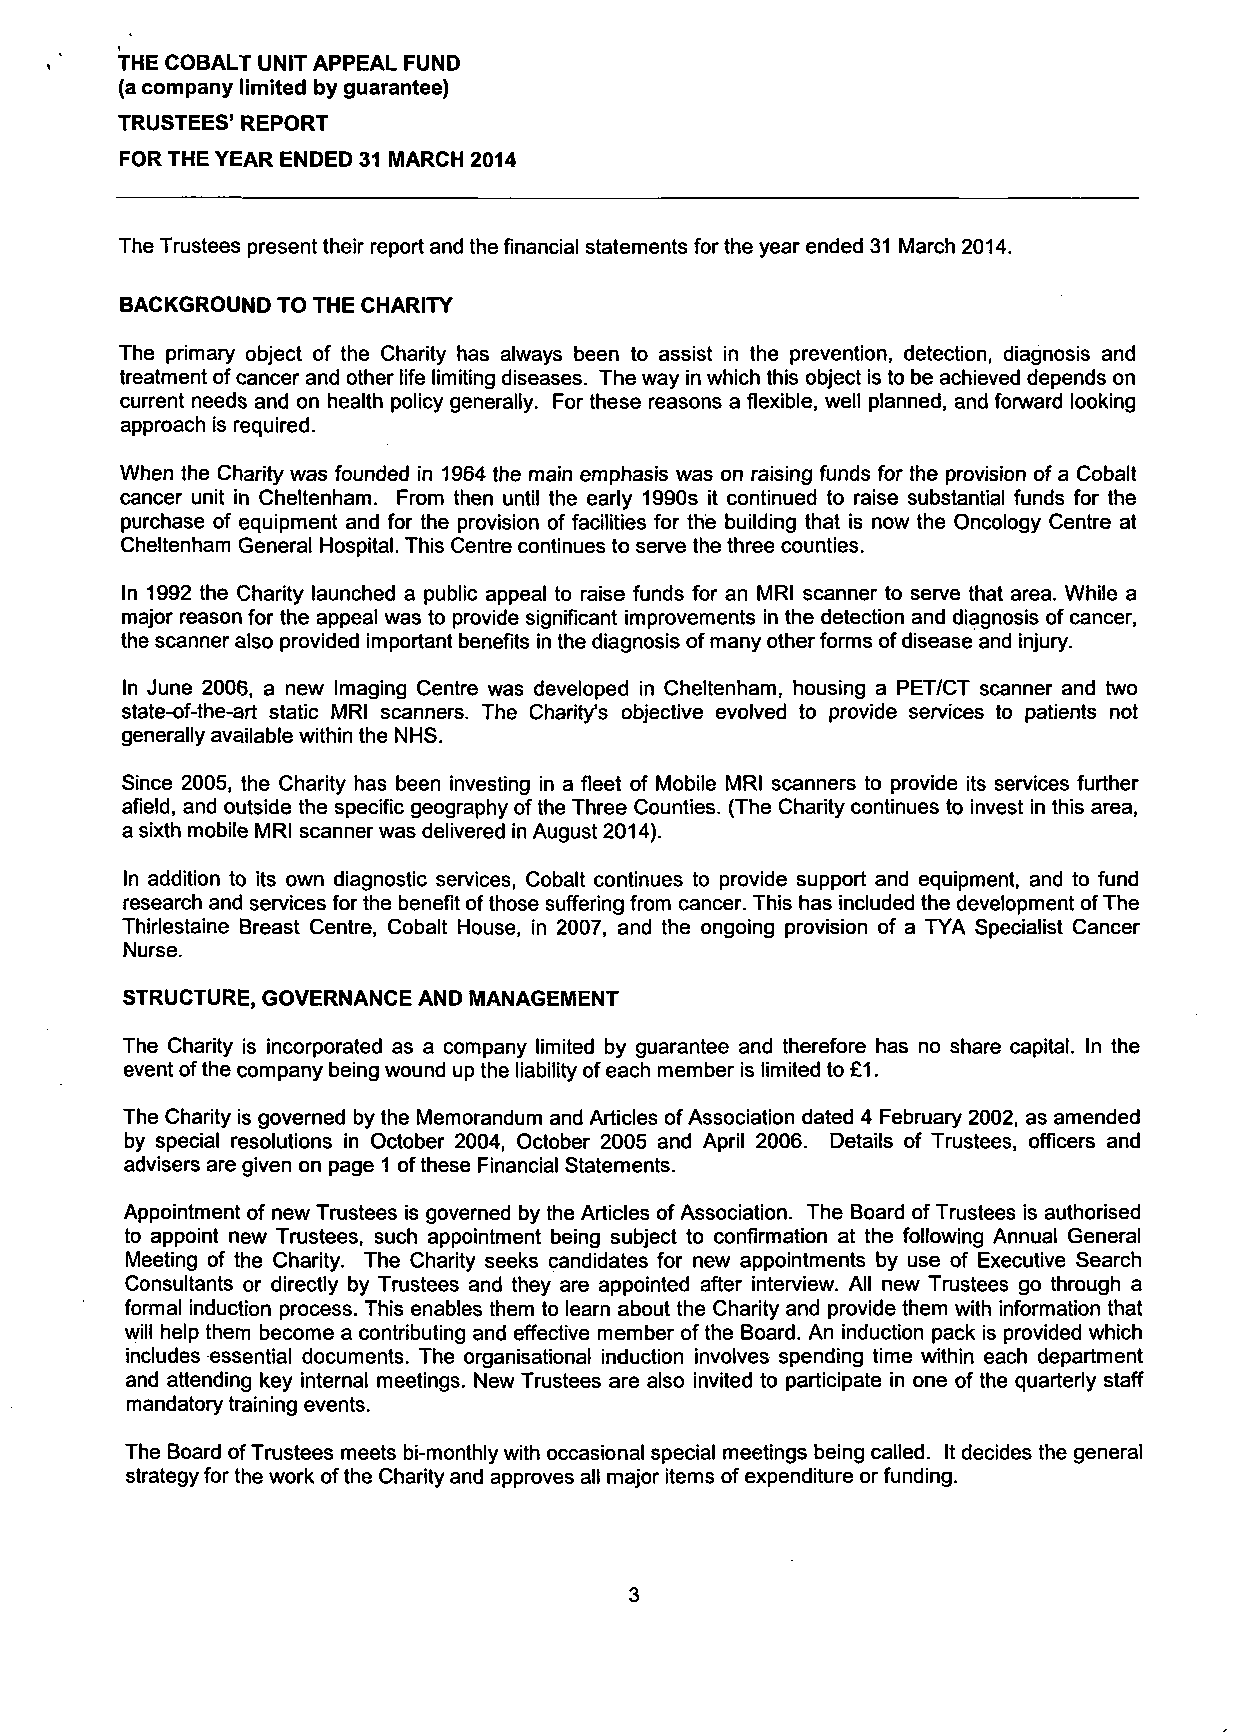
THE COBALT UNIT APPEAL FUND
 (a company limited by guarantee)
 TRUSTEES' REPORT
 FOR THE YEAR ENDED 31 MARCH 2014
 The Trustees present their report and the financial statements for the year ended 31 March 2014.
 BACKGROUND TO THE CHARITY
 The primary object of the Charity has always been to assist in the prevention, detection, diagnosis and
 treatment of cancer and other life limiting diseases. The way in which this object is to be achieved depends on
 current needs and on health policy generally. For these reasons a flexible, well planned, and forward looking
 approach is required.
 When the Charity was founded in 1964 the main emphasis was on raising funds for the provision of a Cobalt
 cancer unit in Cheltenham. From then until the early 1990s it continued to raise substantial funds for the
 purchase of equipment and for the provision of facilities for the building that is now the Oncology Centre at
 Cheltenham General Hospital. This Centre continues to serve the three counties.
 In 1992 the Charity launched a public appeal to raise funds for an MRI scanner to serve that area. While a
 major reason for the appeal was to provide significant improvements in the detection and diagnosis of cancer,
 the scanner also provided important benefits in the diagnosis of many other forms of disease and injury.
 In June 2006, a new Imaging Centre was developed in Cheltenham, housing a PET/CT scanner and two
 state-of-the-art static MRI scanners. The Charity's objective evolved to provide services to patients not
 generally available within the NHS.
 Since 2005, the Charity has been investing in a fleet of Mobile MRI scanners to provide its services further
 afield, and outside the specific geography of the Three Counties. (The Charity continues to invest in this area,
 a sixth mobile MRI scanner was delivered in August 2014).
 In addition to its own diagnostic services, Cobalt continues to provide support and equipment, and to fund
 research and services for the benefit of those suffering from cancer. This has included the development of The
 Thirlestaine Breast Centre, Cobalt House, in 2007, and the ongoing provision of a TYA Specialist Cancer
 Nurse.
 STRUCTURE, GOVERNANCE AND MANAGEMENT
 The Charity is incorporated as a company limited by guarantee and therefore has no share capital. In the
 event of the company being wound up the liability of each member is limited to £1.
 The Charity is governed by the Memorandum and Articles of Association dated 4 February 2002, as amended
 by special resolutions in October 2004, October 2005 and April 2006. Details of Trustees, officers and
 advisers are given on page 1 of these Financial Statements.
 Appointment of new Trustees is governed by the Articles of Association. The Board of Trustees is authorised
 to appoint new Trustees, such appointment being subject to confirmation at the following Annual General
 Meeting of the Charity. The Charity seeks candidates for new appointments by use of Executive Search
 Consultants or directly by Trustees and they are appointed after interview. All new Trustees go through a
 formal induction process. This enables them to learn about the Charity and provide them with information that
 will help them become a contributing and effective member of the Board. An induction pack is provided which
 includes essential documents. The organisational induction involves spending time within each department
 and attending key internal meetings. New Trustees are also invited to participate in one of the quarterly staff
 mandatory training events.
 The Board of Trustees meets bi-monthly with occasional special meetings being called. It decides the general
 strategy for the work of the Charity and approves all major items of expenditure or funding.
 3